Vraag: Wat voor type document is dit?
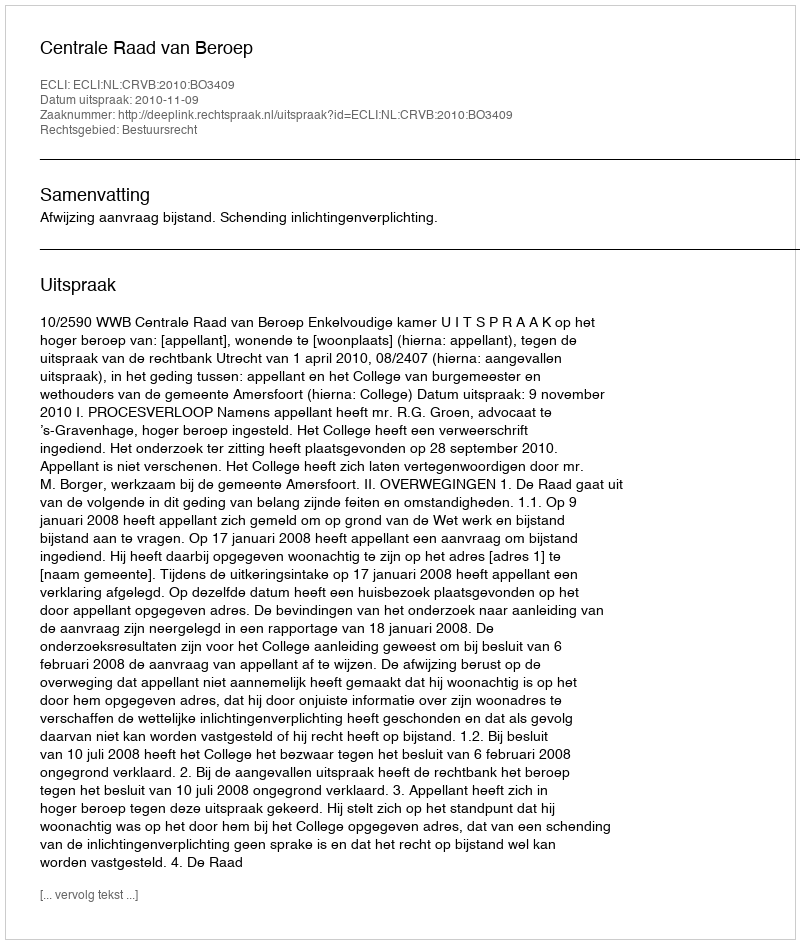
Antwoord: Uitspraak